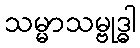
သမ္မာသမ္ဗုဒ္ဓါ